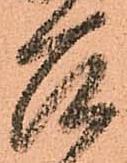
召